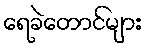
ရေခဲတောင်များ